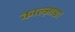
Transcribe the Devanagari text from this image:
काल्ज़ाडा